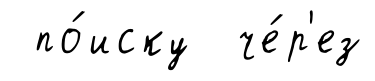
по́иску че́р'ез